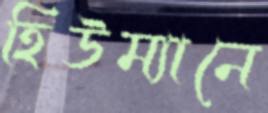
হিউম্যানে